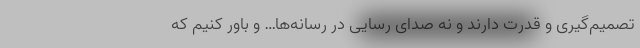
تصمیم‌گیری و قدرت دارند و نه صدای رسایی در رسانه‌ها… و باور کنیم که